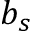
b _ { s }